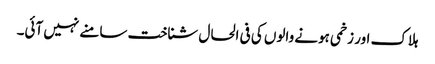
ہلاک اور زخمی ہونے والوں کی فی الحال شناخت سامنے نہیں آئی۔